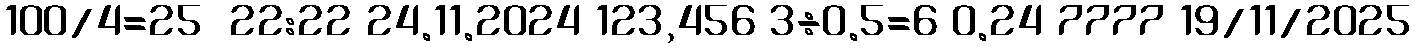
100/4=25  22:22 24.11.2024 123,456 3÷0.5=6 0.24 7777 19/11/2025